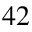
4 2